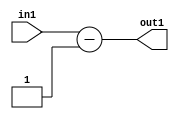
`timescale 1ps / 1ps
/*****************************************************************************
    Verilog RTL Description
    
    
    Created by: Stratus DpOpt 2019.1.01 
*******************************************************************************/

module st_feature_addr_gen_Subi1u11_4_0 (
	in1,
	out1
	); /* architecture "behavioural" */ 
input [10:0] in1;
output [11:0] out1;
wire [11:0] asc001;

assign asc001 = 
	+(in1)
	-(12'B000000000001);

assign out1 = asc001;
endmodule

/* CADENCE  ubHwQw4= : u9/ySgnWtBlWxVPRXgAZ4Og= ** DO NOT EDIT THIS LINE ******/